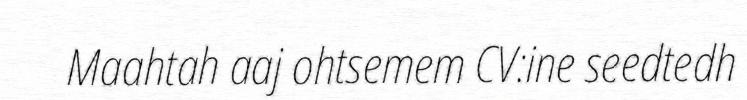
Maahtah aaj ohtsemem CV:ine seedtedh